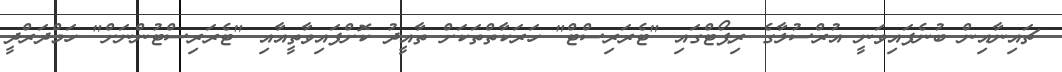
ޗައިނާއިން ބުނެފައިވަނީ އުރްސުލާގެ ރިޕޯޓްގައި "ޓެރަރިސްޓް" ހަރަކާތްތަކަށް ތާއީދު ކޮށްފައިވާތީއާއި "ޓެރަރިސްޓުންނަށް" ހަމްދަރްދީ